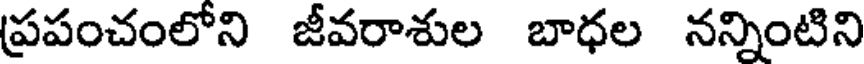
ప్రపంచంలోని జీవరాశుల బాధల నన్నింటిని